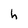
Character: h